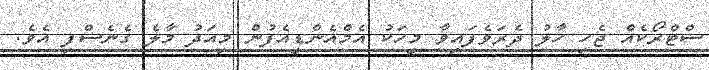
ސްޓްރޯކެއް ޖެހި ހާލު ދެރަވެފައިވާ މީހަކު އެމްއެންޑީއެފުން މިއަދު މާލެ ގެނެސްފި އެވެ.